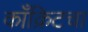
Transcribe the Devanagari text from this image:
काँक्रिटचा